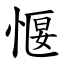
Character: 愝